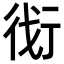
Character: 𬠾